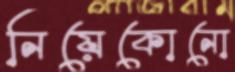
নিয়েকোনো